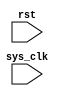
module TimingControlAndSync (
    input wire sys_clk,
    input wire rst,
    // add other input and output ports as needed for signal synchronization
);

// define any internal signals, registers, and logic needed for synchronization

// define clock domain crossing logic

// define buffering logic

// define signal timing constraints

// add any other necessary logic for timing control and synchronization

endmodule